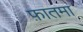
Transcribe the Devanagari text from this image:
फ़ातमा